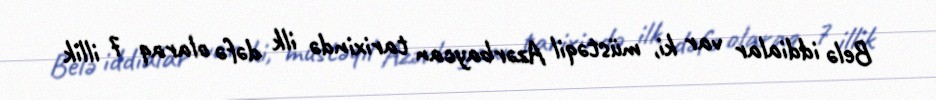
Belə iddialar var ki, müstəqil Azərbaycan tarixində ilk dəfə olaraq 7 illik